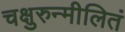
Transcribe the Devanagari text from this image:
चक्षुरुन्मीलितं